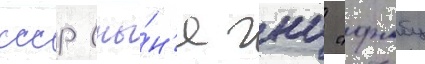
ссср (ны́н'е гнц "фмбц